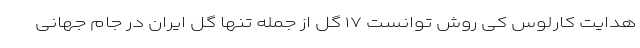
هدایت کارلوس کی روش توانست ۱۷ گل از جمله تنها گل ایران در جام جهانی